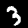
Digit: 3